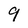
Character: 9